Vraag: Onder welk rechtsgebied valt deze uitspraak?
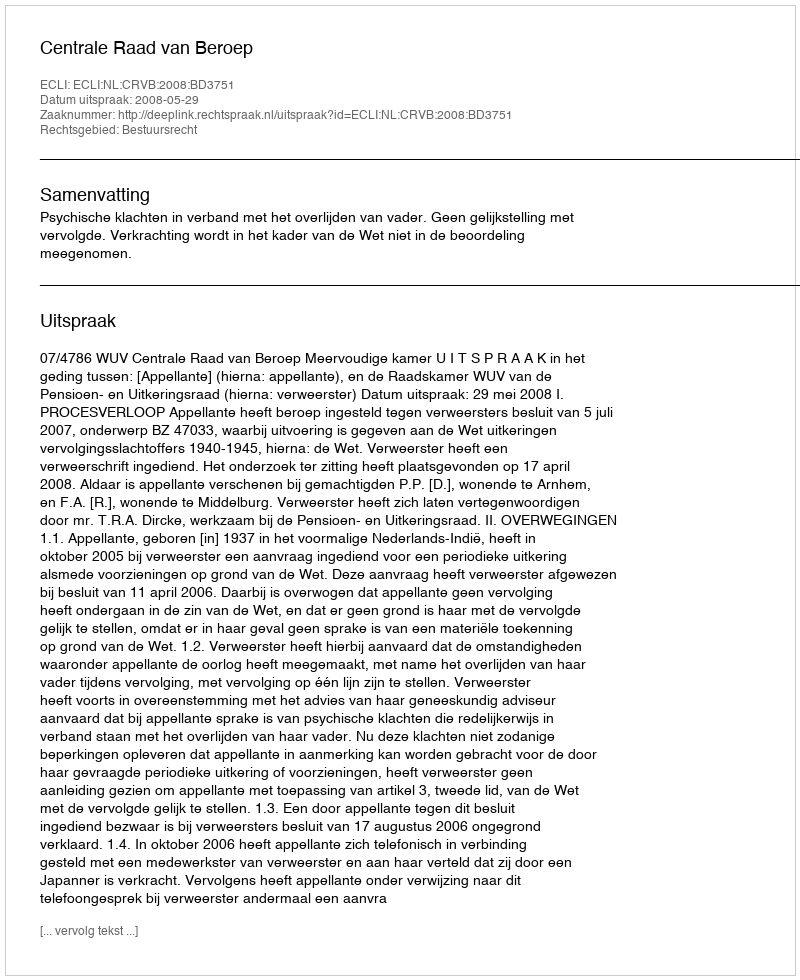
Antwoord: Bestuursrecht